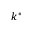
k ^ { * }